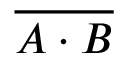
\overline { { A \cdot B } }